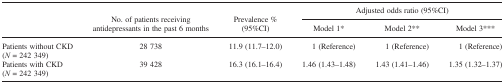
<table><thead><tr><td rowspan="2">[EMPTY_CELL]</td><td rowspan="2"><b>No. of patients receiving antidepressants in the past 6 months</b></td><td rowspan="2"><b>Prevalence % (95%CI)</b></td><td colspan="3"><b>Adjusted odds ratio (95%CI)</b></td></tr><tr><td><b>Model 1*</b></td><td><b>Model 2**</b></td><td><b>Model 3***</b></td></tr></thead><tbody><tr><td>Patients without CKD (<i>N</i> = 242 349)</td><td>28 738</td><td>11.9 (11.7–12.0)</td><td>1 (Reference)</td><td>1 (Reference)</td><td>1 (Reference)</td></tr><tr><td>Patients with CKD (<i>N</i> = 242 349)</td><td>39 428</td><td>16.3 (16.1–16.4)</td><td>1.46 (1.43–1.48)</td><td>1.43 (1.41–1.46)</td><td>1.35 (1.32–1.37)</td></tr></tbody></table>